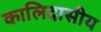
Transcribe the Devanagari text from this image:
कालिदासीय